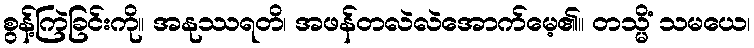
စွန့်ကြဲခြင်းကို။ အနုဿရတိ၊ အဖန်တလဲလဲအောက်မေ့၏။ တသ္မိံ သမယေ၊